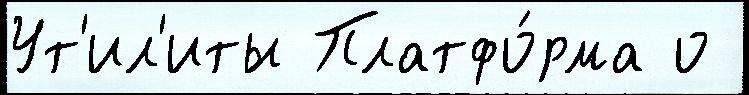
Ут'ил'иты Платфо́рма о